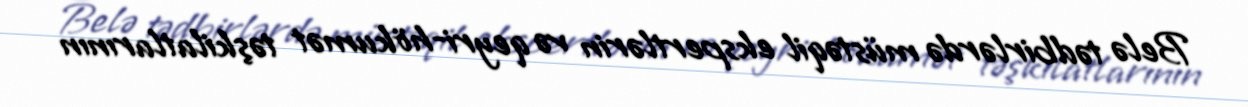
Belə tədbirlərdə müstəqil ekspertlərin və qeyri-hökumət təşkilatlarının